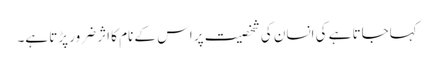
کہاجاتا ہے کی انسان کی شخصیت پر اس کے نام کا اثر ضرور پڑتا ہے۔